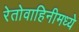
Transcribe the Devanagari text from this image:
रेतोवाहिनीमध्ये